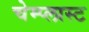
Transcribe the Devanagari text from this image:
चेम्प्लास्ट